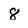
Character: 8